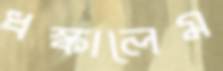
ধস্‌কালেম